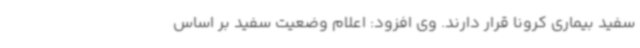
سفید بیماری کرونا قرار دارند. وی افزود: اعلام وضعیت سفید بر اساس